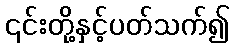
၎င်းတို့နှင့်ပတ်သက်၍